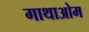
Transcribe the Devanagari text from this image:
गाथाओम